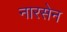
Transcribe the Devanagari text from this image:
नारसेन